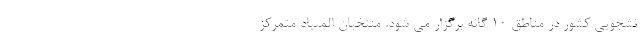
نشجویی کشور در مناطق ۱۰ گانه برگزار می شود. منتخبان المپیاد متمرکز